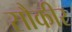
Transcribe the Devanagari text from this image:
सौकीर